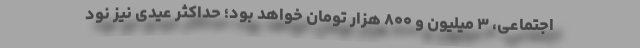
اجتماعی، ۳ میلیون و ۸۰۰ هزار تومان خواهد بود؛ حداکثر عیدی نیز نود